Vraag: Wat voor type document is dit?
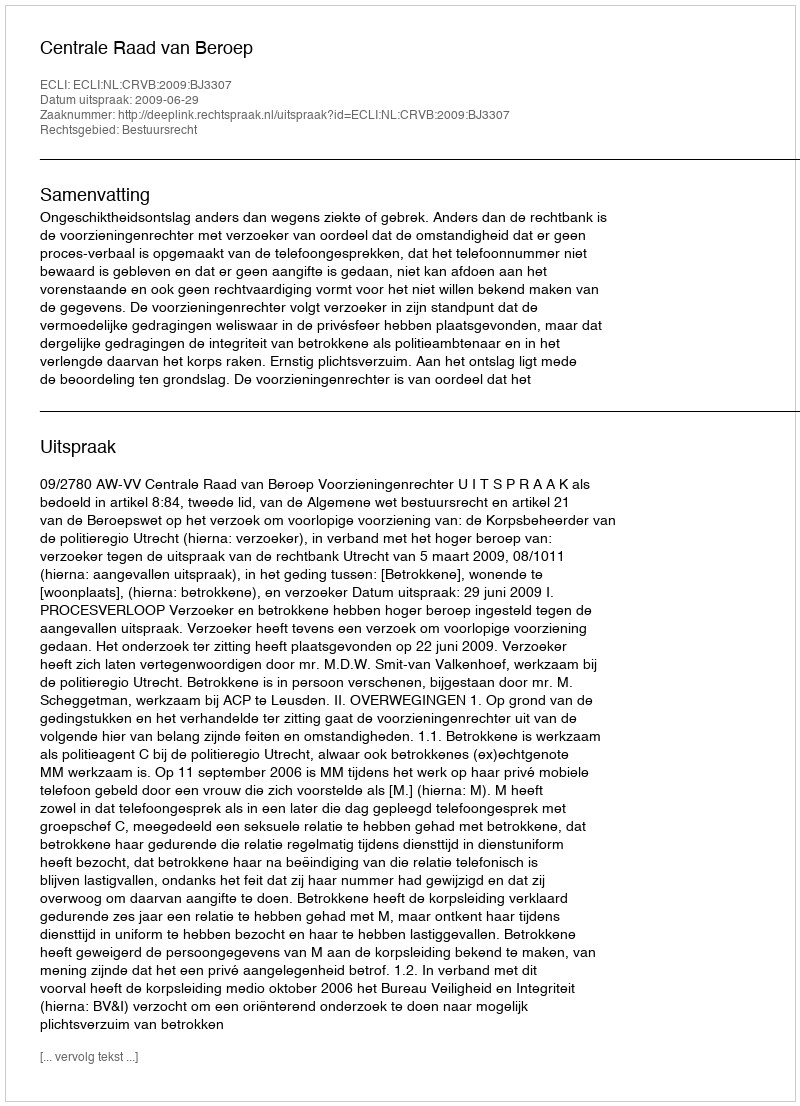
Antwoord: Uitspraak